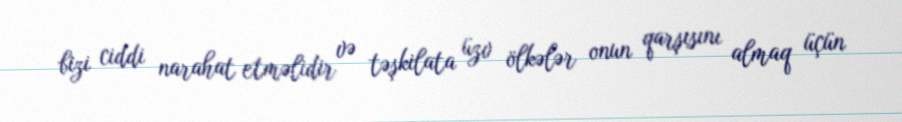
bizi ciddi narahat etməlidir və təşkilata üzv ölkələr onun qarşısını almaq üçün